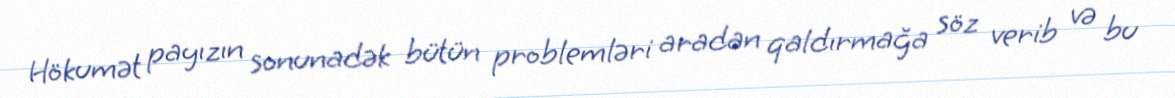
Hökumət payızın sonunadək bütün problemləri aradan qaldırmağa söz verib və bu